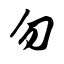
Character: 勿